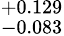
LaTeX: ^{+0.129}_{-0.083}